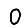
Digit: 0